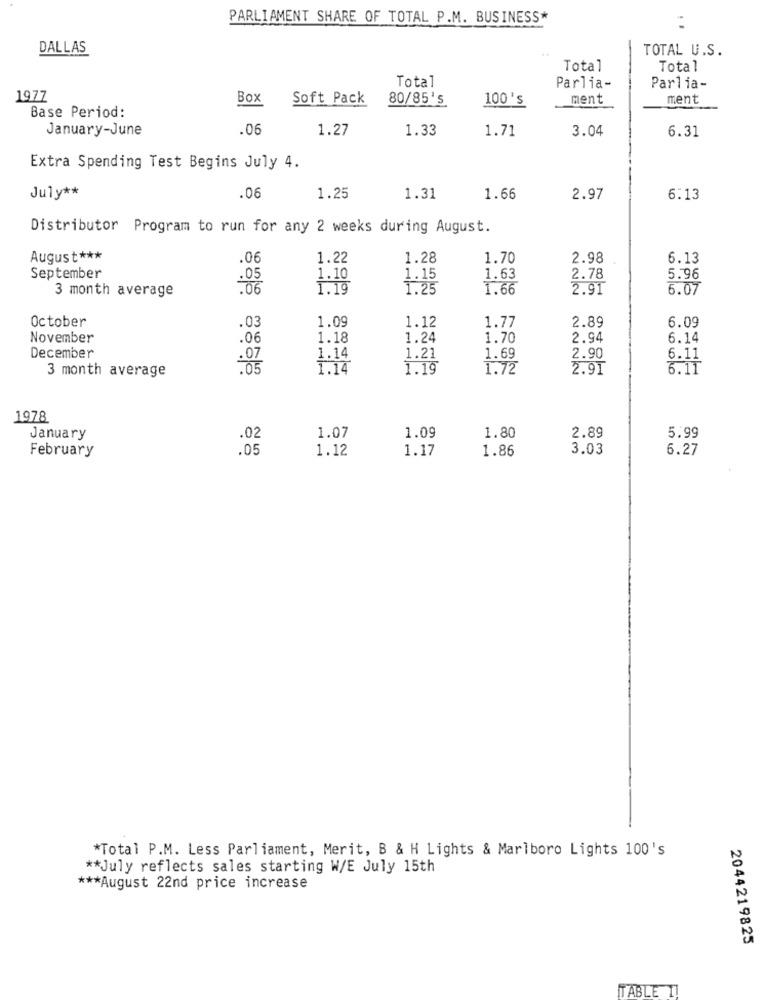
PARLIAMENT SHARE OF TOTAL P.M. BUSINESS*
DALLAS
TOTAL U.S.
Total
Total
Total
Parlia-
Parlia-
1977
Box
Soft Pack
80/85's
100's
ment
ment
Base Period:
January-June
.06
1.27
1.33
1.71
3.04
6.31
Extra Spending Test Begins July 4.
July **
.06
1.25
1.31
1.66
2.97
6.13
Distributor Program to run for any 2 weeks during August.
August ***
.06
1.22
1.28
1.70
2.98
6.13
September
1.10
1.15
1.63
2.78
5.96
3 month average
1.19
1.25
1.66
2.91
6.07
October
1.09
1.12
2.89
6.09
.03
1.77
November
.06
1.18
1.24
1.70
2.94
6.14
December
1.14
1.21
1.69
2.90
6.11
3 month average
:05
1.14
1.19
1.72
2.91
1978
January
.02
1.07
1.09
1.80
2.89
5.99
February
.05
1.12
1.17
1.86
3.03
6.27
*Total P.M. Less Parliament, Merit, B & H Lights & Marlboro Lights 100's
** July reflects sales starting W/E July 15th
*** August 22nd price increase
2044219825
TABLE I!